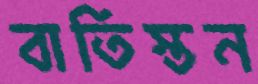
বাতিস্তন